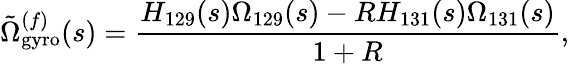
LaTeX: \tilde{\Omega}_{\mathrm{gyro}}^{(f)}(s)=\frac{H_{129}(s)\Omega_{129}(s)-RH_{131}(s)\Omega_{131}(s)}{1+R},